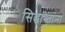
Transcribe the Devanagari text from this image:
सिद्धान्तांना